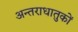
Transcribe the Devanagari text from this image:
अन्तराधातुकों